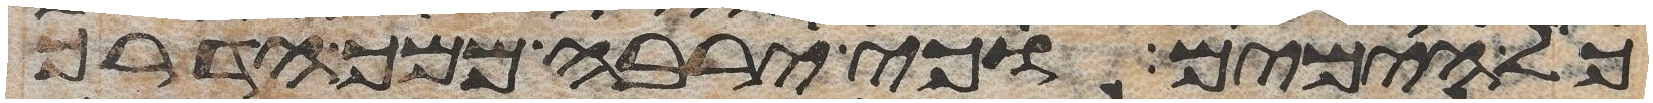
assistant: כל הימים וכי ירבה ממך הדרך